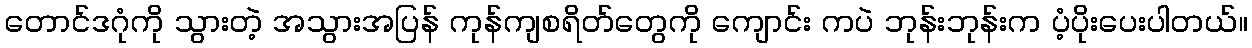
တောင်ဒဂုံကို သွားတဲ့ အသွားအပြန် ကုန်ကျစရိတ်တွေကို ကျောင်း ကပဲ ဘုန်းဘုန်းက ပံ့ပိုးပေးပါတယ်။